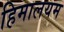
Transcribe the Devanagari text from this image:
हिमालयम